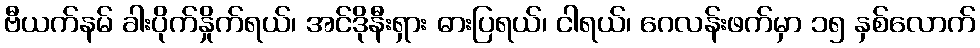
ဗီယက်နမ် ခါးပိုက်နှိုက်ရယ်၊ အင်ဒိုနီးရှား ဓားပြရယ်၊ ငါရယ်၊ ဂေလန်းဖက်မှာ ၁၅ နှစ်လောက်